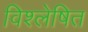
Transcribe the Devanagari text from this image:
विश्‍लेषित